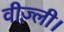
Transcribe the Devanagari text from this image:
वीज़्ली।